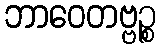
ဘာဝေတဗ္ဗဉ္စ